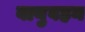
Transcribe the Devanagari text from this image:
वायुवहन